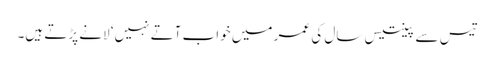
تیس سے پینتیس سال کی عمر میں خواب آتے نہیں‘ لانے پڑتے ہیں۔